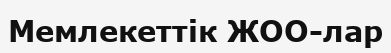
Мемлекеттік ЖОО-лар